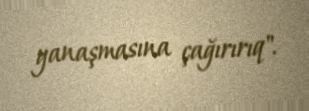
yanaşmasına çağırırıq".